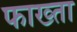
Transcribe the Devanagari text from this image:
फाख्‍ता